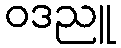
ဝဒညူ